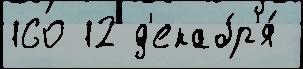
160 12 д'екабр'я́